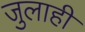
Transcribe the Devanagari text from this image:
जुलाही